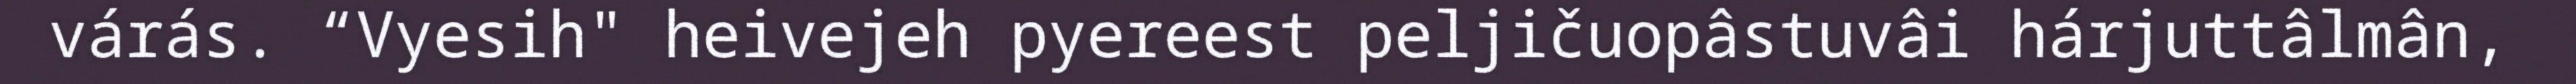
várás. “Vyesih" heivejeh pyereest peljičuopâstuvâi hárjuttâlmân,